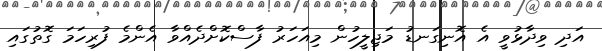
އަދި ވިދާޅުވީ އެ އޮނިގަނޑު މަޖިލީހުން މިއަހަރު ފާސްކޮށްދެއްވާ އެންމެ ފުރިހަމަ ގޮތުގައި